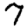
Digit: 7